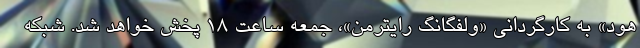
هود» به کارگردانی «ولفگانگ رایترمن»، جمعه ساعت ۱۸ پخش خواهد شد. شبکه